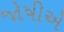
જોષીએ